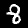
Digit: 8